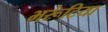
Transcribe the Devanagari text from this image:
भरूंटिया